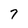
Character: 7